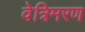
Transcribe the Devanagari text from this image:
वेत्रिमरण